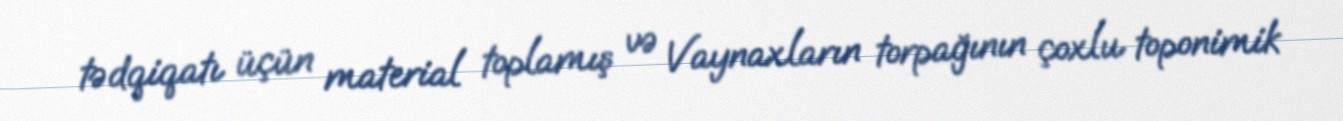
tədqiqatı üçün material toplamış və Vaynaxların torpağının çoxlu toponimik